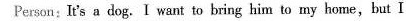
Person:It's a dog.I want to bring him to my home,but I